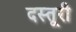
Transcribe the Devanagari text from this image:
दस्तूरी